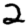
Digit: 2